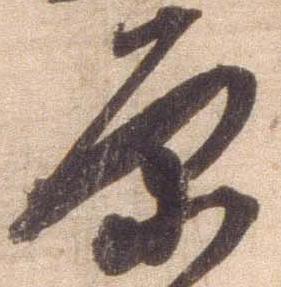
原